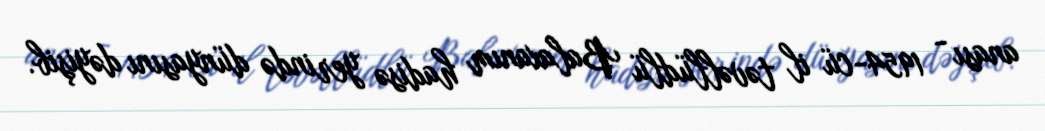
anası - 1954-cü il təvəllüdlü Balaxanım hadisə yerində dünyasını dəyişib.